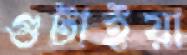
গুটাইয়া